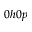
0 h 0 p